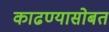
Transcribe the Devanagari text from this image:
काढण्यासोबत